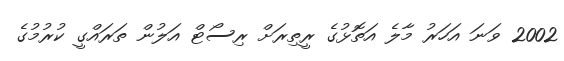
2002 ވަނަ އަހަރު މާލެ އަތޮޅުގެ ރީތިރަށް ރިސޯޓް އަލުން ތަރައްގީ ކުރުމުގެ